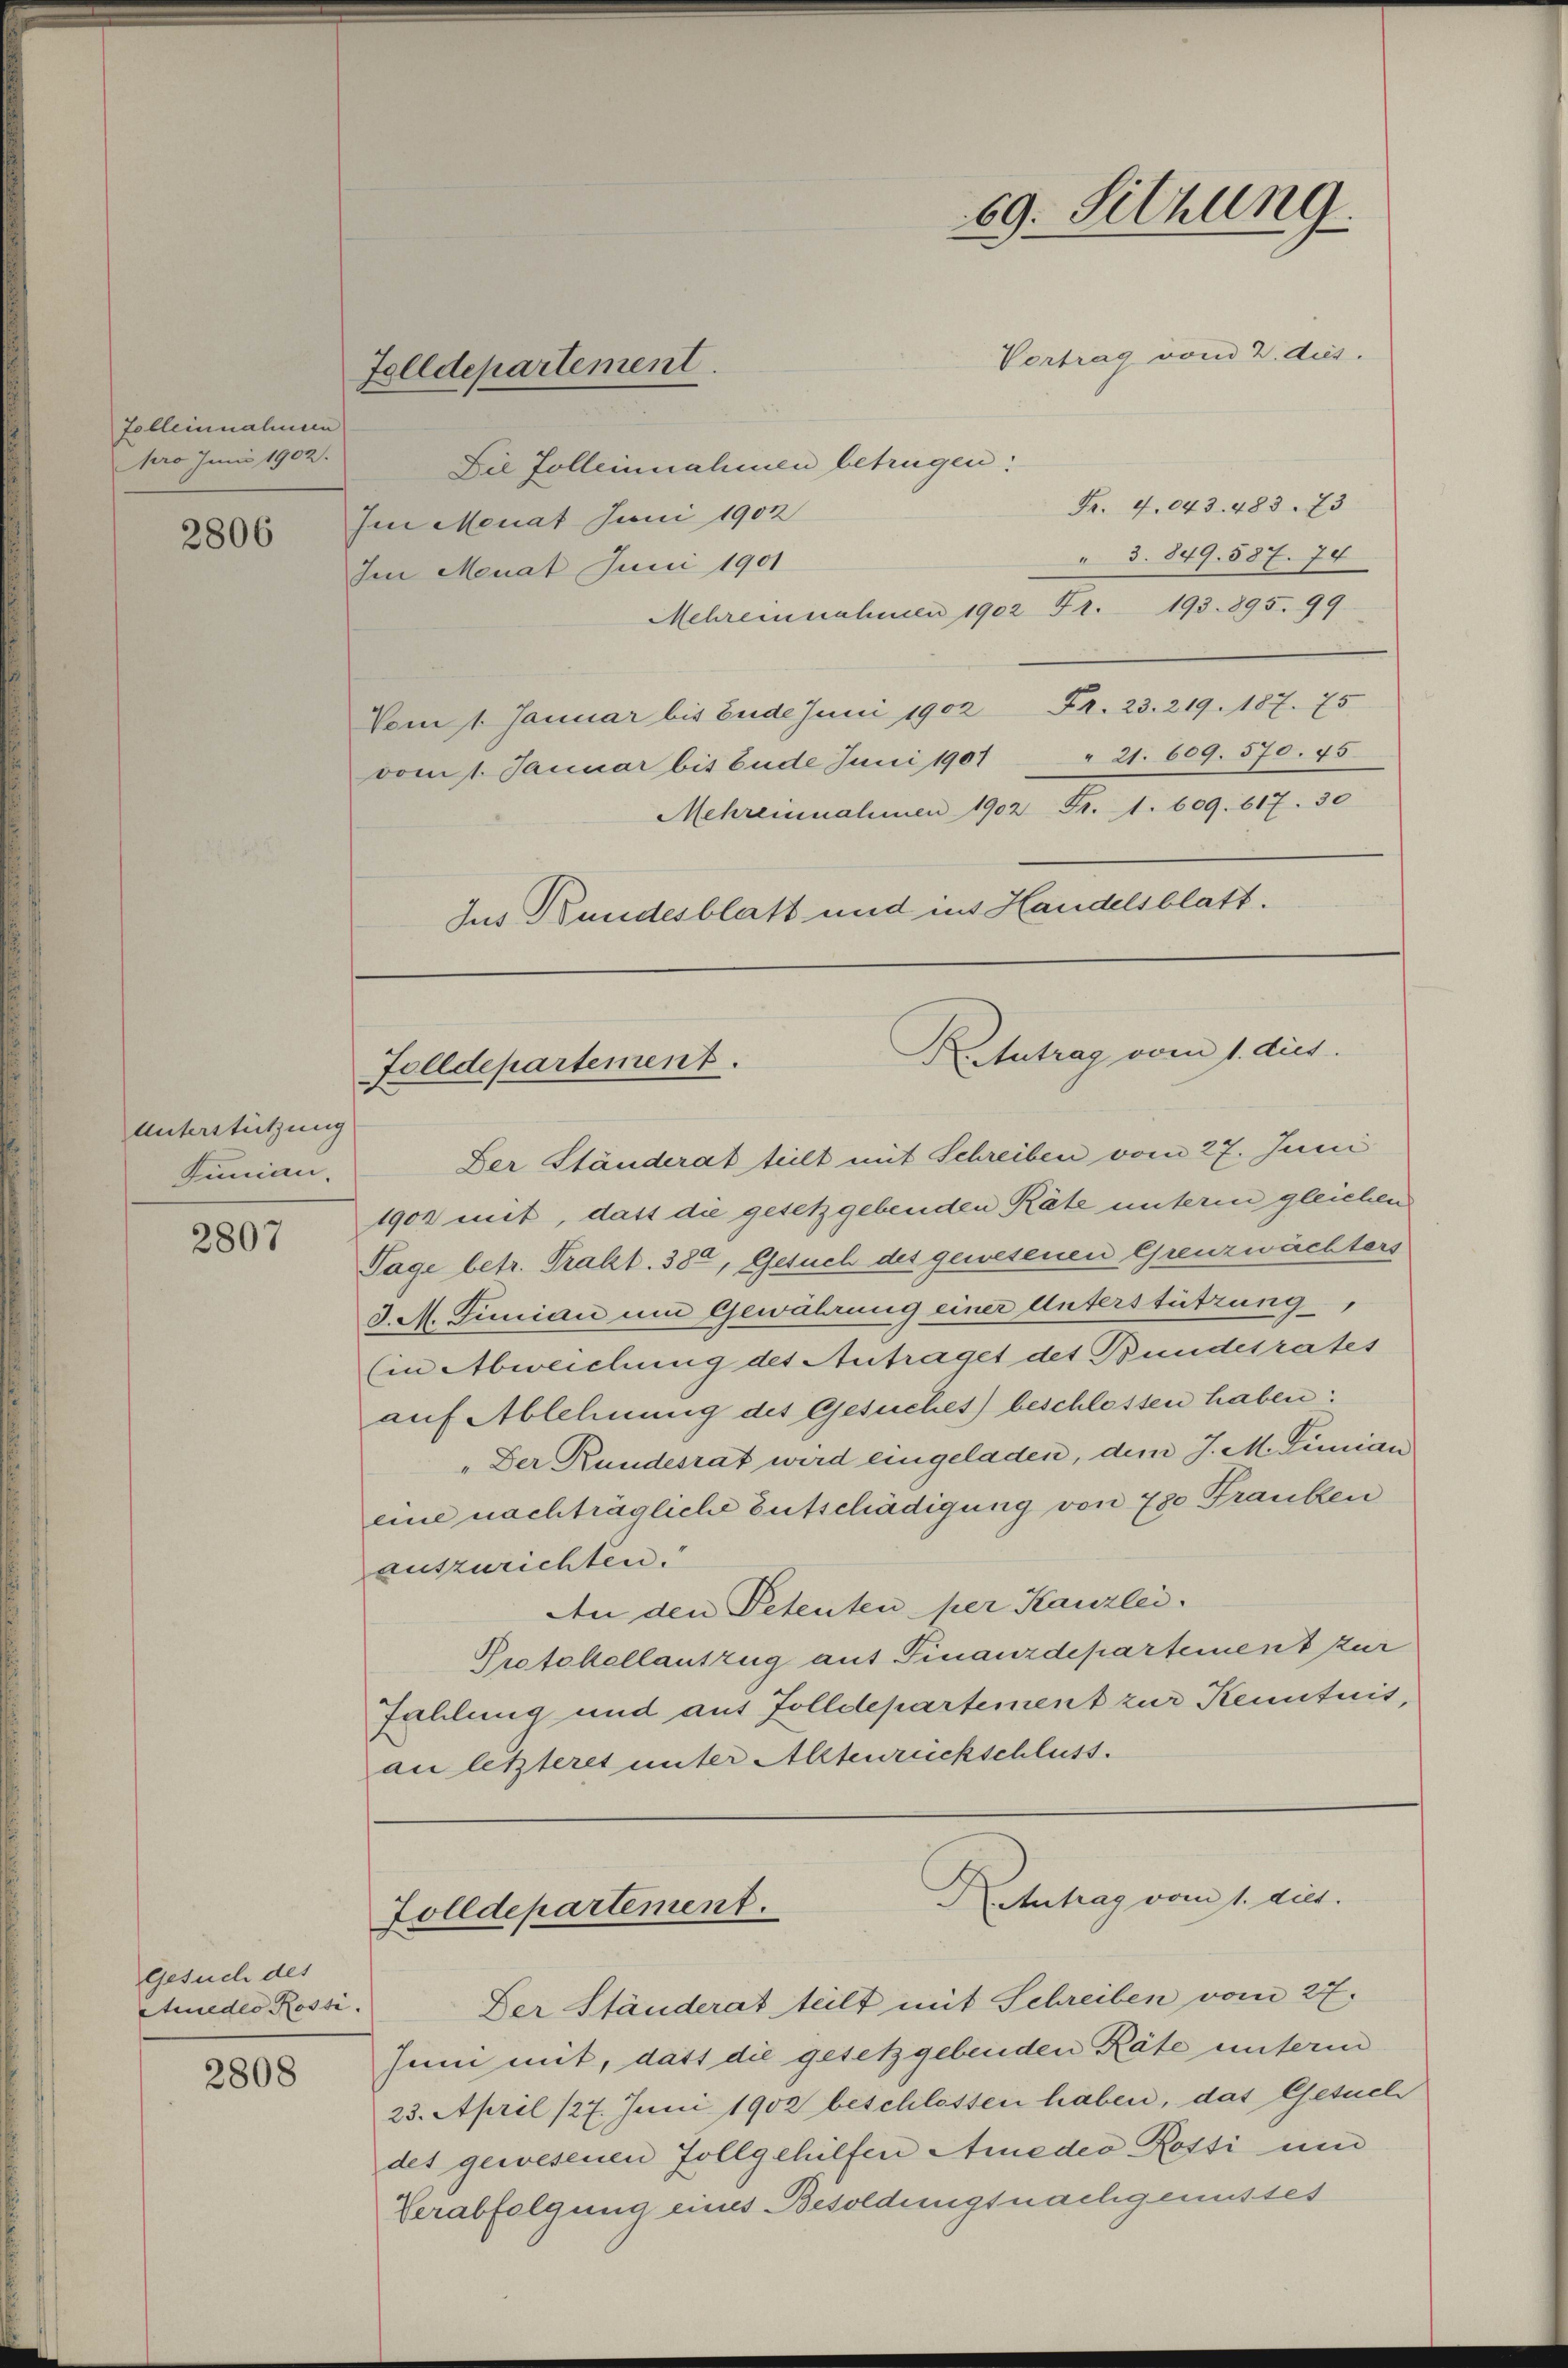
Folleinnahmen
pro Juni 1902.

2806

Unterstützung
Junian

2807

Gesuch des
Amedes Rossi

2808

Folldepartement.

Die Zolleinnahmen betrügen:
Fr. 4043. 483. 73
Im Monat Juni 1902
3. 849. 587. 74
Im Monat Juni 1901
Mehrernahmen 1902 Fr. 193. 895. 99
Vom 1. Januar bis Ende Juni 1902 Fr. 23. 219. 187. 75
" 21. 609. 570. 75
vom 1. Januar bis Ende Juni 1907
Mehreinnahmen 1902 Fr. 1. 609. 617. 30
Ius Bundesblatt und ins Handelsblatt.

69. Sitzung.
Vertrag vom 2. dies

Keutrag vom 1. dies
Folldepartement.

Retntrag vom 1. dies.
Zolldepartement.

Der Ständerat teilt mit Schreiben vom 27. Juni
1903 mit, dass die gesetzgebenden Räte unterm gleichen
Tage betr. Prakt. 380, Gesuch des gewesenen Grenzwächters
J. M. Juniai und Gewährung einer Unterstützung,
(in Abweichung des Antraget des Bundesrates
auf Ablehnung des Gesuches) beschlossen haben:
„Der Rundesrat wird eingeladen, dem J. M. Simian
eine nachträgliche Entschädigung von 780 Franken
auszurichten.
An den Petenten per Kanzlei.
Protokellantzug auf Finanzdepartement zur
Fahlung und aus Zolldepartement zur Kenntnis,
an letzteres unter Alltenrückschluss.

Der Ständerat teilt mit Schreiben vom 27.
sein mit, dass die gesetzgebenden Räte unterm
23. April 127. Juni 1902 beschlossen haben, das Gesuch
det gewesenen Zollgehilfen Amedes Rosti und
Verabfolgung eines Besoldungsnachgenusses